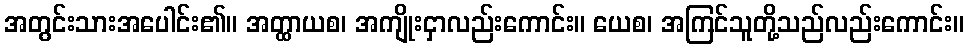
အတွင်းသားအပေါင်း၏။ အတ္ထာယစ၊ အကျိုးငှာလည်းကောင်း။ ယေစ၊ အကြင်သူတို့သည်လည်းကောင်း။